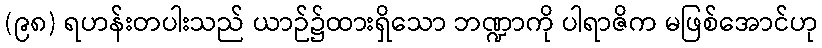
(၉၈) ရဟန်းတပါးသည် ယာဉ်၌ထားရှိသော ဘဏ္ဍာကို ပါရာဇိက မဖြစ်အောင်ဟု